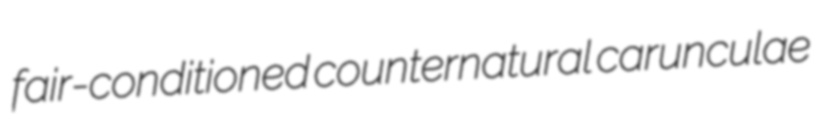
fair-conditioned counternatural carunculae